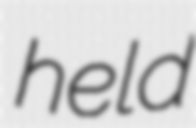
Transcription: held